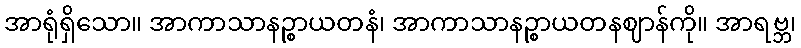
အာရုံရှိသော။ အာကာသာနဉ္စာယတနံ၊ အာကာသာနဉ္စာယတနဈာန်ကို။ အာရဗ္ဘ၊